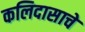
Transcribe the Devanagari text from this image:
कलिदासाचे